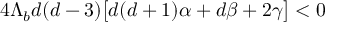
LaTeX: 4 \Lambda _ { b } d ( d - 3 ) \big [ d ( d + 1 ) \alpha + d \beta + 2 \gamma \big ] < 0